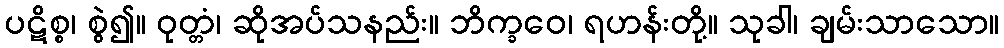
ပဋိစ္စ၊ စွဲ၍။ ဝုတ္တံ၊ ဆိုအပ်သနည်း။ ဘိက္ခဝေ၊ ရဟန်းတို့။ သုခါ၊ ချမ်းသာသော။